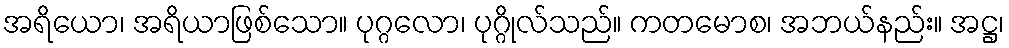
အရိယော၊ အရိယာဖြစ်သော။ ပုဂ္ဂလော၊ ပုဂ္ဂိုလ်သည်။ ကတမောစ၊ အဘယ်နည်း။ အဋ္ဌ၊